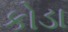
કોડા